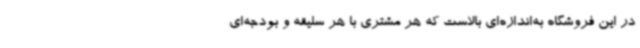
در این فروشگاه به‌اندازه‌ای بالاست که هر مشتری با هر سلیقه و بودجه‌ای